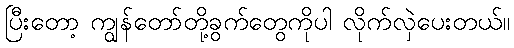
ပြီးတော့ ကျွန်တော်တို့ခွက်တွေကိုပါ လိုက်လှဲပေးတယ်။